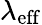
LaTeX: \lambda_{\mathrm{eff}}